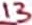
Text: 13